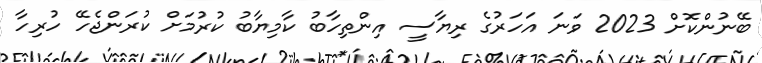
ބޭނުންކޮށް 2023 ވަނަ އަހަރުގެ ރިޔާސީ އިންތިހާބު ކާމިޔާބު ކުރުމަށް ކުރަންޖެހޭ ހުރިހާ